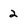
Character: 2